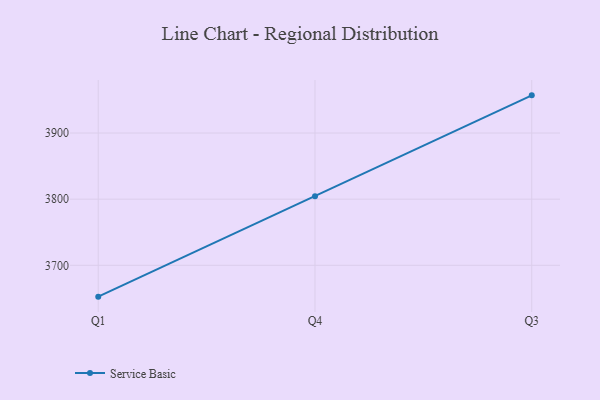
{"axis": {"x": "Quarter", "y": "Tickets Resolved"}, "legend": ["Service Basic"], "data": [{"x": "Q1", "y": 3652.6, "type": "Service Basic"}, {"x": "Q4", "y": 3804.6, "type": "Service Basic"}, {"x": "Q3", "y": 3957.0, "type": "Service Basic"}]}